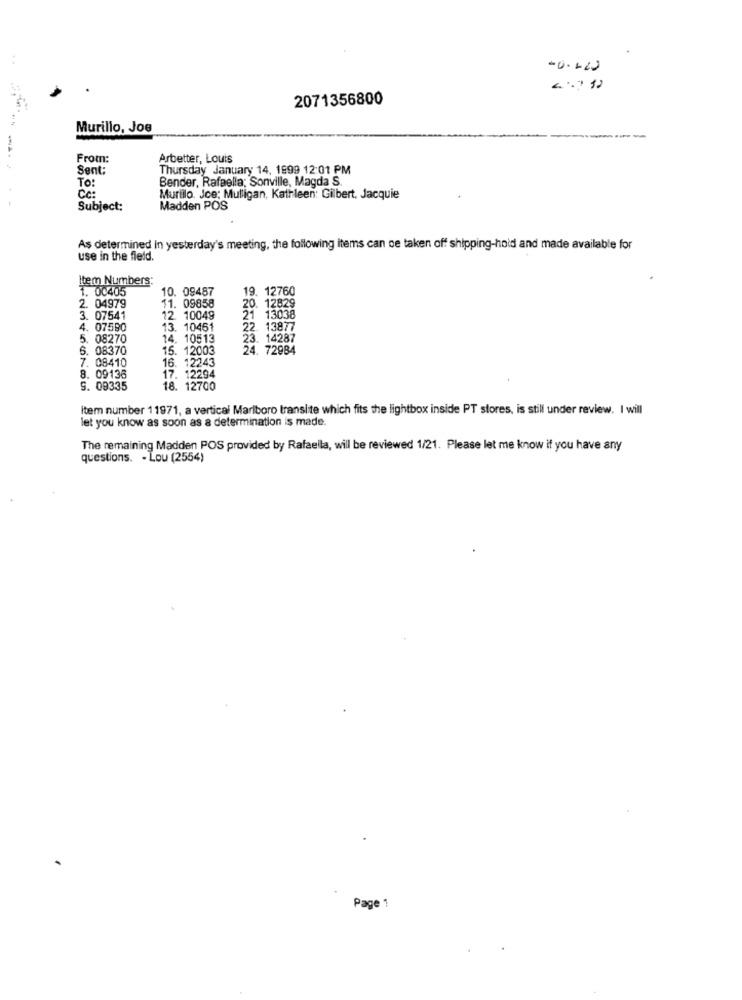
..
2071356800
Murillo, Joe
From:
Arbetter, Louis
Sent:
Thursday January 14, 1999 12:01 PM
Bender, Rafaella; Sonville, Magda S.
To:
Cc :
Murillo. Joe: Mulligan, Kathleen: Gilbert. Jacquie
Subject:
Madden POS
As determined In yesterday's meeting, the following items can oe taken off shipping-hoid and made available for
use in the field.
Item Numbers:
1. 00405
10. 09487
9. 12760
11. 09858
2. 04979
20. 12829
3. 07541
12. 10049
21 13038
4. 07590
13. 10461
22. 13877
5. 08270
14. 10513
3. 14287
S. 08370
15. 12003
24. 72984
16. 12243
7. 08410
8. 09136
17. 12294
S. 09335
18. 12700
item number 11971, a vertical Marlboro translite which fits the lightbox inside PT stores, is still under review. I will
let you know as soon as a determination is made.
The remaining Madden POS provided by Rafaella, will be reviewed 1/21. Please let me know if you have any
questions. - Lou (2554)
Page 1